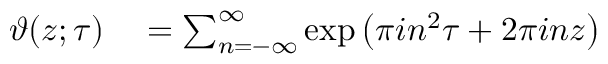
\begin{array} { r l } { \vartheta ( z ; \tau ) } & { { } = \sum _ { n = - \infty } ^ { \infty } \exp \left( \pi i n ^ { 2 } \tau + 2 \pi i n z \right) } \end{array}